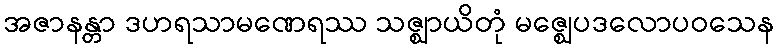
အဇာနန္တာ ဒဟရသာမဏေရဿ သဇ္ဈာယိတုံ မဇ္ဈေပဒလောပဝသေန